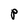
Character: P